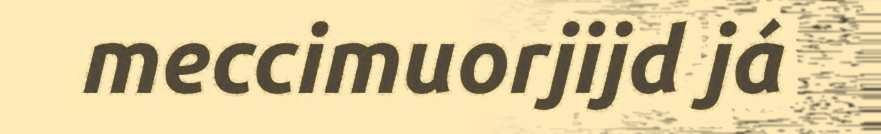
meccimuorjijd já